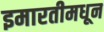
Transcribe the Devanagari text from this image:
इमारतीमधून